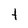
Character: t